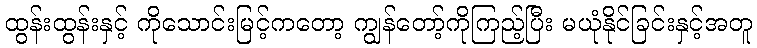
ထွန်းထွန်းနှင့် ကိုသောင်းမြင့်ကတော့ ကျွန်တော့်ကိုကြည့်ပြီး မယုံနိုင်ခြင်းနှင့်အတူ